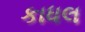
કાધલ